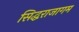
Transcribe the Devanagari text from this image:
सिद्धराजागम